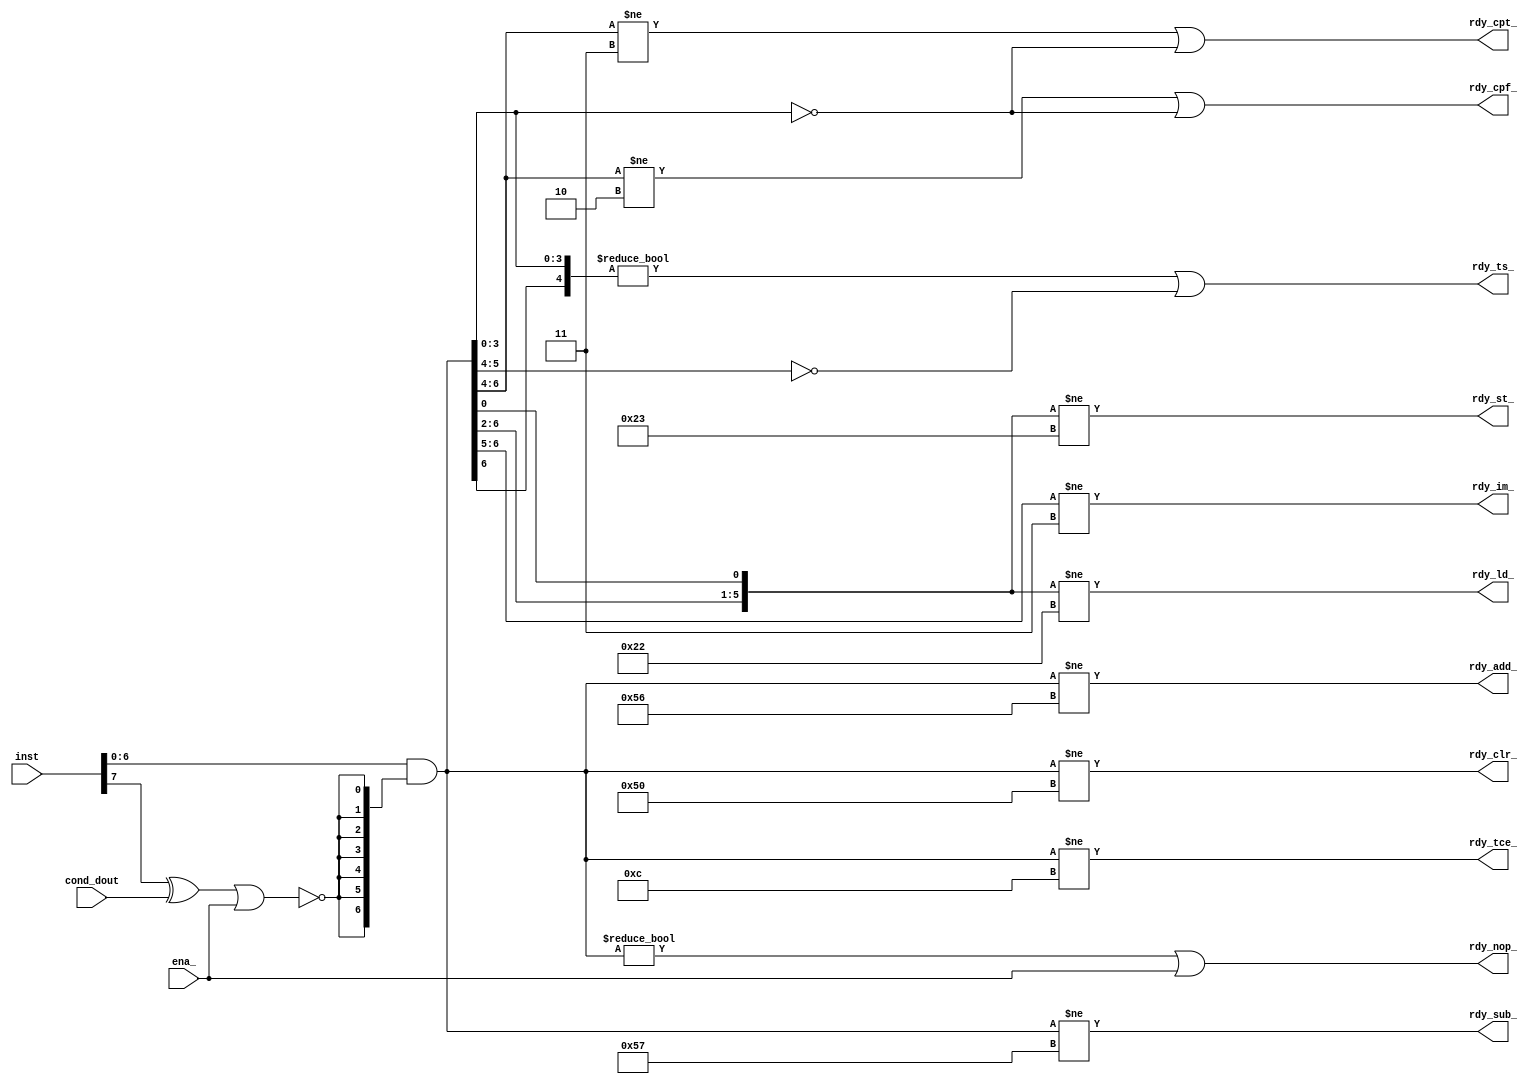
module step_id(inst, ena_, cond_dout,
    rdy_nop_, rdy_cpf_, rdy_cpt_, rdy_ld_, rdy_st_, rdy_clr_, rdy_im_, rdy_tce_, rdy_ts_, rdy_add_, rdy_sub_);
    input[7:0] inst;
    input ena_;
    input cond_dout;
    output rdy_nop_, rdy_cpf_, rdy_cpt_, rdy_ld_, rdy_st_, rdy_clr_, rdy_im_, rdy_tce_, rdy_ts_, rdy_add_, rdy_sub_;

    wire cond_ = inst[7] ^ cond_dout;
    wire[6:0] inst_cond = inst[6:0] & {7{~(cond_ | ena_)}};

    assign rdy_nop_ = inst_cond[6:0] != 7'b0000000 || ena_;
    assign rdy_cpf_ = inst_cond[6:4] != 3'b010 || inst_cond[3:0] == 4'b0000;
    assign rdy_cpt_ = inst_cond[6:4] != 3'b011 || inst_cond[3:0] == 4'b0000;
    assign rdy_ld_  = {inst_cond[6:2], inst_cond[0]} != {5'b10001, 1'b0};
    assign rdy_st_  = {inst_cond[6:2], inst_cond[0]} != {5'b10001, 1'b1};
    assign rdy_clr_ = inst_cond != 7'b1010000;
    assign rdy_im_  = inst_cond[6:5] != 2'b11;
    assign rdy_tce_ = inst_cond != 7'b0001100;
    assign rdy_ts_  = {inst_cond[6], inst_cond[3:0]} != {1'b0, 4'b0000} || inst_cond[5:4] == 2'b00;
    assign rdy_add_ = inst_cond != 7'b1010110;
    assign rdy_sub_ = inst_cond != 7'b1010111;

endmodule